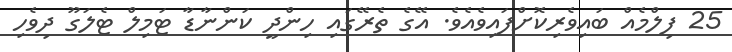
25 ފިލްމެއް ބައިވެރިކޮށްފައިވެއެވެ. އޭގެ ތެރޭގައި ހިންދީ ކަންނާޑާ ޓަމިލް ޓެލަގޫ ދިވެހި